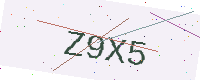
Text: Z9X5